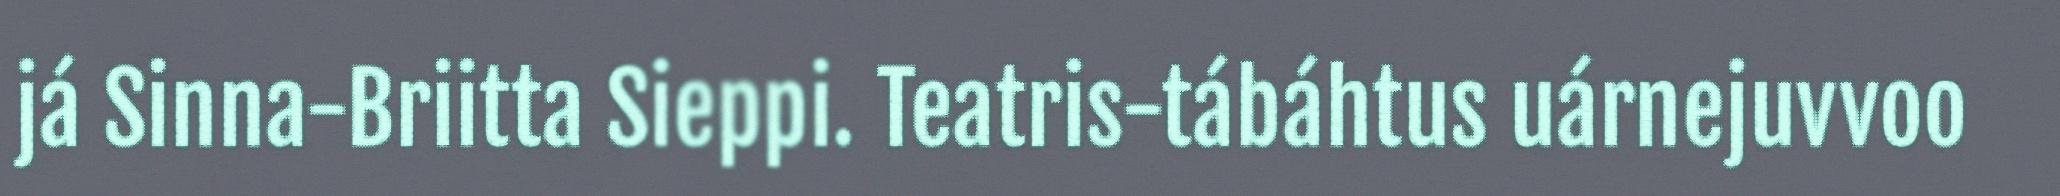
já Sinna-Briitta Sieppi. Teatris-tábáhtus uárnejuvvoo